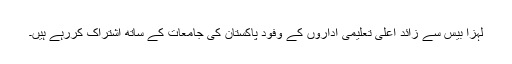
لہزا بیس سے زائد اعلی تعلیمی اداروں کے وفود پاکستان کی جامعات کے ساتھ اشتراک کررہے ہیں۔